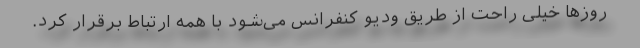
روزها خیلی راحت از طریق ودیو کنفرانس می‌شود با همه ارتباط برقرار کرد.